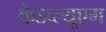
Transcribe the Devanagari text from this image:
केडब्ल्यूएम